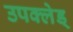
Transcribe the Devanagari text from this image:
उपक्लेड्